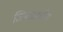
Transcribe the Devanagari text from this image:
जियाउददीन